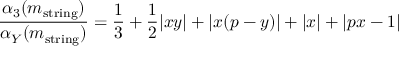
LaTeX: \frac { \alpha _ { 3 } ( m _ { \mathrm { s t r i n g } } ) } { \alpha _ { Y } ( m _ { \mathrm { s t r i n g } } ) } = \frac { 1 } { 3 } + \frac { 1 } { 2 } | x y | + | x ( p - y ) | + | x | + | p x - 1 |